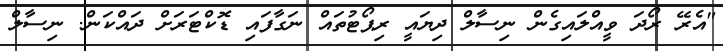
"އެރޭ ރޯދަ ވީއްލައިގެން ނިސާލް ދިޔައީ ރިޕޯޓުތައް ނަގާފައި ޑޮކްޓަރަށް ދައްކަން. ނިސާލް